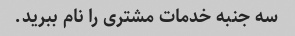
سه جنبه خدمات مشتری را نام ببرید.